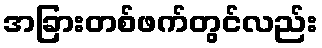
အခြားတစ်ဖက်တွင်လည်း